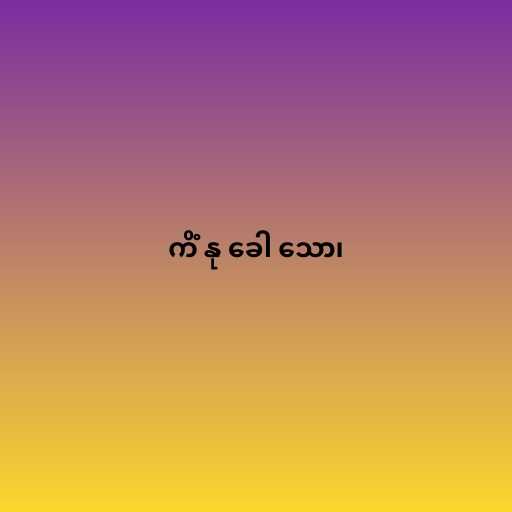
ကိံ နု ခေါ သော၊